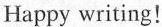
Happy writing！